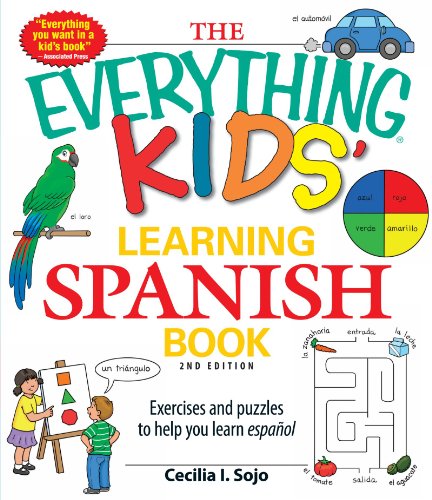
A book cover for The Everything Kids' Learning Spanish Book: Exercises and puzzles to help you learn Espanol; Cecila I. Sojo; Children's Books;